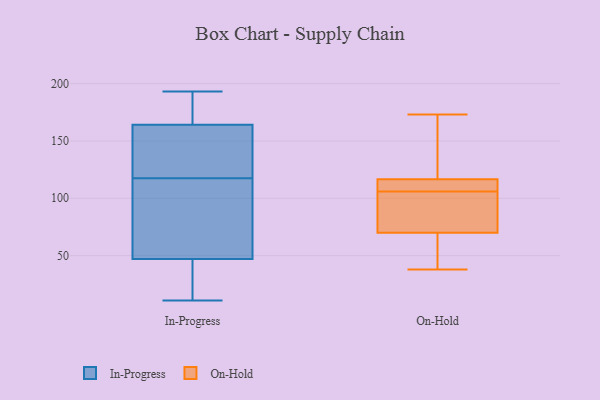
{"axis": {"x": "Inventory Turnover", "y": "Value"}, "legend": ["In-Progress", "On-Hold"], "data": [{"x": "", "y": 193, "type": "In-Progress"}, {"x": "", "y": 11, "type": "In-Progress"}, {"x": "", "y": 164, "type": "In-Progress"}, {"x": "", "y": 185, "type": "In-Progress"}, {"x": "", "y": 44, "type": "In-Progress"}, {"x": "", "y": 129, "type": "In-Progress"}, {"x": "", "y": 112, "type": "In-Progress"}, {"x": "", "y": 106, "type": "In-Progress"}, {"x": "", "y": 182, "type": "In-Progress"}, {"x": "", "y": 47, "type": "In-Progress"}, {"x": "", "y": 123, "type": "In-Progress"}, {"x": "", "y": 162, "type": "In-Progress"}, {"x": "", "y": 28, "type": "In-Progress"}, {"x": "", "y": 53, "type": "In-Progress"}, {"x": "", "y": 112, "type": "On-Hold"}, {"x": "", "y": 117, "type": "On-Hold"}, {"x": "", "y": 164, "type": "On-Hold"}, {"x": "", "y": 173, "type": "On-Hold"}, {"x": "", "y": 38, "type": "On-Hold"}, {"x": "", "y": 100, "type": "On-Hold"}, {"x": "", "y": 59, "type": "On-Hold"}, {"x": "", "y": 79, "type": "On-Hold"}, {"x": "", "y": 114, "type": "On-Hold"}, {"x": "", "y": 95, "type": "On-Hold"}, {"x": "", "y": 116, "type": "On-Hold"}, {"x": "", "y": 61, "type": "On-Hold"}]}